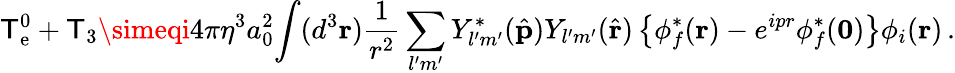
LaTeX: \mathsf{T}_{\mathrm{{e}}}^{0}+\mathsf{T}_{3}\simeqi4\pi\eta^{3}a_{0}^{2}\! \int(d^{3}{\mathbf{r}}){\frac{{1}}{{r^{2}}}}\sum_{l^{\prime}m^{\prime}}Y_{l^{\prime}m^{\prime}}^{*}(\hat{{\mathbf{p}}})Y_{l^{\prime}m^{\prime}}(\hat{{\mathbf{r}}})\left\{ \phi_{f}^{*}({\mathbf{r}})-e^{ipr}\phi_{f}^{*}({\mathbf{0}})\right\} \phi_{i}({\mathbf{r}})\, .